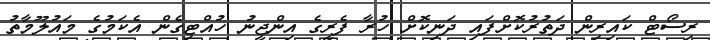
ރިސޯޓް ކައިރިން ދަތުރުކޮށްފައި ދަނިކޮށް ހުރާ ފެރީގެ އިންޖީނު ހުއްޓިގެން އެކަމުގެ މައުލޫމާތު